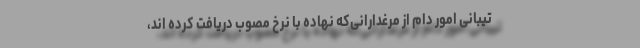
تیبانی امور دام از مرغدارانی‌که نهاده با نرخ مصوب دریافت کرده اند،